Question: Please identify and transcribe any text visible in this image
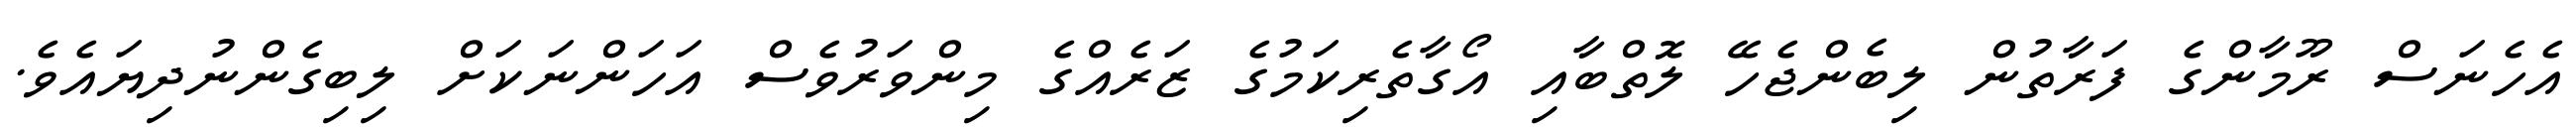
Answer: އެހެނަސް ރޫމާންގެ ފަރާތުން ލިބެންޖެހޭ ލޮތްބާއި އޯގާތެރިކަމުގެ ޒަރެއްގެ މިންވަރުވެސް އަހަންނަކަށް ލިބިގެންނުދިޔައެވެ.